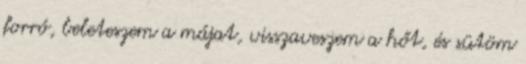
forró, beleteszem a májat, visszaveszem a hőt, és sütöm